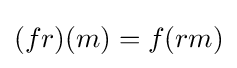
(fr)(m)=f(rm)